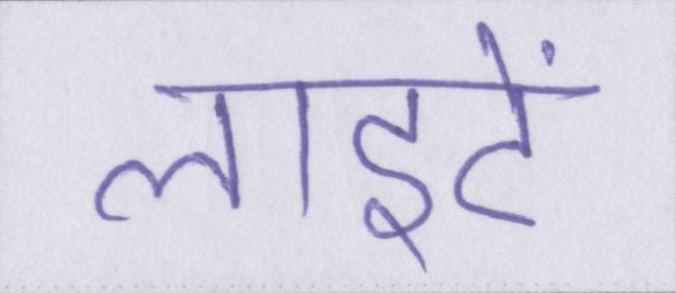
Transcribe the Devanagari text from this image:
लाइटें